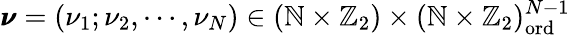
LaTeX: \pmb{\nu}=(\nu_{1};\nu_{2},\cdots,\nu_{N})\in(\mathbb{N}\times\mathbb{Z}_{2})\times(\mathbb{N}\times\mathbb{Z}_{2})_{\mathrm{ord}}^{N-1}